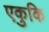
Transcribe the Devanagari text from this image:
एकुकि